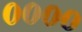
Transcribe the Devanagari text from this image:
००००